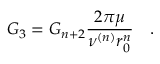
G _ { 3 } = G _ { n + 2 } \frac { 2 \pi \mu } { \nu ^ { ( n ) } r _ { 0 } ^ { n } } \quad .